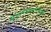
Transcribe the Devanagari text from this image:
विश्वचषकासाठीसुद्धा